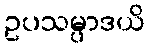
ဥပသမ္ပာဒယိ